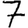
Digit: 7